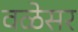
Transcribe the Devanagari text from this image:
वळेसर